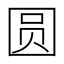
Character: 圆